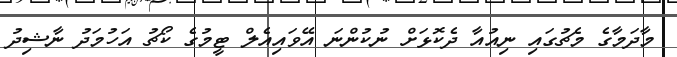
މާދަމާގެ މެޗުގައި ނިއުއާ ދެކޮޅަށް ނުކުންނަ އޭވައިއެލް ޓީމުގެ ކޯޗު އަހުމަދު ނާޝިދު